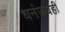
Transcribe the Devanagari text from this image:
धनंजयही